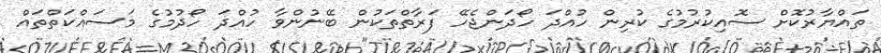
ތައްޔާރުކޮށް ސޮއިކުރުމުގެ ކުރިން ހުއްދަ ހޯދަންޖެހޭ ފަރާތްތަކުން ބޭނުންވާ ހުއްދަ ހޯދުމުގެ މަސައްކަތްތައް